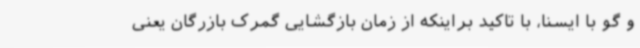
و گو با ایسنا، با تاکید براینکه از زمان بازگشایی گمرک بازرگان یعنی